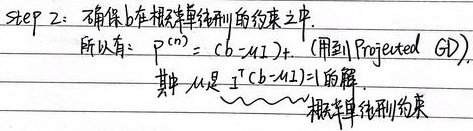
Step 2: 确保 \(b\) 在相关单纯形的约束之中.所以有: \(p^{(n)} = (b = \mu \mathbf{1})_+\). (用到 Projected GD).其中, \(\mu\) 是 \(I(b=\mu \mathbf{1}) = 1\) 的解. \(\sim\sim\sim\) 相关单纯形约束